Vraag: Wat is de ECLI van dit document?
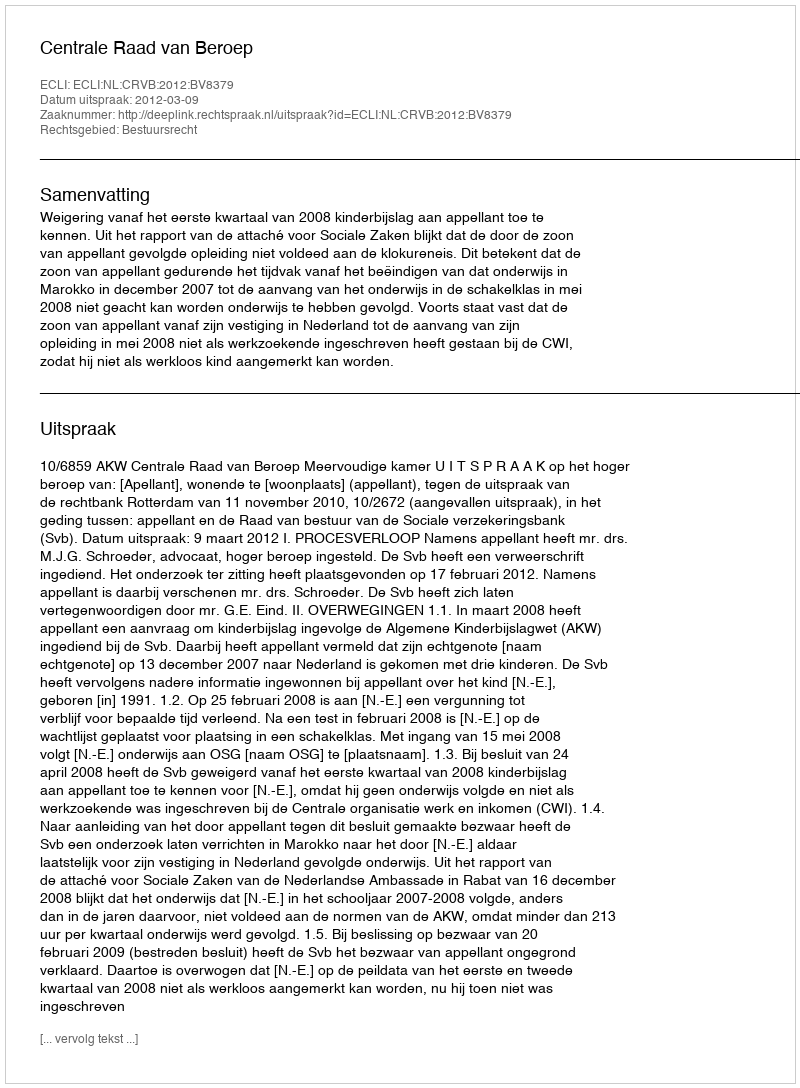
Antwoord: ECLI:NL:CRVB:2012:BV8379